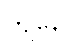
ကျနော်